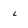
Character: 4